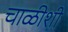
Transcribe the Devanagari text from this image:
चाळीशी